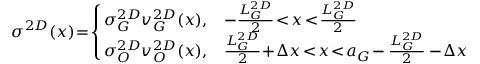
\sigma ^ { 2 D } ( x ) \! = \! \left\{ \! \! \begin{array} { l l } { \sigma _ { G } ^ { 2 D } v _ { G } ^ { 2 D } ( x ) , } & { - \frac { L _ { G } ^ { 2 D } } { 2 } \! < \! x \! < \! \frac { L _ { G } ^ { 2 D } } { 2 } } \\ { \sigma _ { O } ^ { 2 D } v _ { O } ^ { 2 D } ( x ) , } & { \frac { L _ { G } ^ { 2 D } } { 2 } \! + \! \Delta x \! < \! x \! < \! a _ { G } \! - \frac { L _ { G } ^ { 2 D } } { 2 } - \! \Delta x } \end{array} \right.